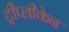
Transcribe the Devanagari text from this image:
ट्रीप्लीकेन